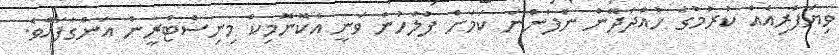
ވިޔަފާރިއެއް ކުރުމުގެ ހުއްދަދޭން ނުފެންނަ ކަމަށް ފުލުހުން ވަނީ އެކޮނޮމިކް މިނިސްޓްރީން އަންގާފައެވެ.